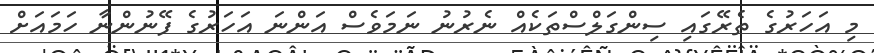
މި އަހަރުގެ ތެރޭގައި ސިންގަލްސްތަކެއް ނެރުނު ނަމަވެސް އަންނަ އަހަރުގެ ފޭނުންނާ ހަމައަށް